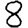
Digit: 8